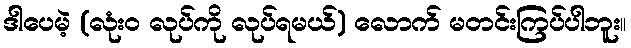
ဒါပေမဲ့ (လုံးဝ လုပ်ကို လုပ်ရမယ်) လောက် မတင်းကြပ်ပါဘူး။